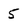
Character: 5